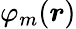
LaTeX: \varphi_{m}({\boldsymbol{r}})